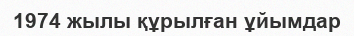
1974 жылы құрылған ұйымдар